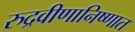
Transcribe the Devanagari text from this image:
रुद्रवीणानिष्णात